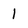
Character: l